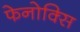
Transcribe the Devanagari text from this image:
फेनोक्सि